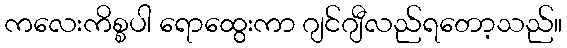
ကလေးကိစ္စပါ ရောထွေးကာ ဂျင်ဂျီလည်ရတော့သည်။